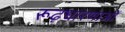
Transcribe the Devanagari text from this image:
रूढ़धारणाओं